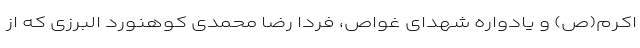
اکرم(ص) و یادواره شهدای غواص، فردا رضا محمدی کوهنورد البرزی که از